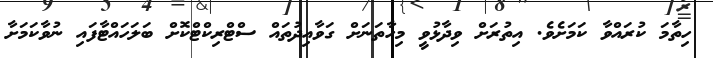
ހިތާމަ ކުރައްވާ ކަމަށެވެ. އިތުރަށް ވިދާޅުވީ މިހާތަނަށް ގަވާއިދުތައް ސްޓްރިކްޓްކޮށް ބަލަހައްޓާފައި ނުވާކަމަށާ